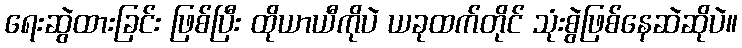
ရေးဆွဲထားခြင်း ဖြစ်ပြီး ထိုယာယီကိုပဲ ယခုထက်တိုင် သုံးစွဲဖြစ်နေဆဲဆိုပဲ။